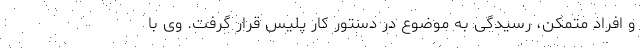
و افراد متمکن، رسیدگی به موضوع در دستور کار پلیس قرار گرفت. وی با